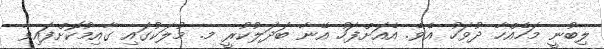
ލިބުނީ މަހެއްހާ ދުވަހު އެވެ. އެއަށްފަހު އޭނާ ބަދަލުކުރީ މ. މުލަކުގައި ގާއިމުކޮށްފައިވާ